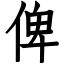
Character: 俾